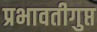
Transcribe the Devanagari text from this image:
प्रभावतीगुप्त